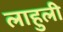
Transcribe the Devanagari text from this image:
लाहुली